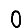
Digit: 0